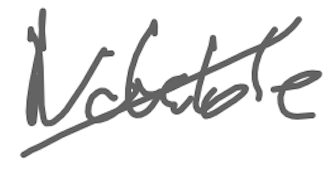
Text: Notable
Cross-out: diagonal
Writing tool: digital_gray